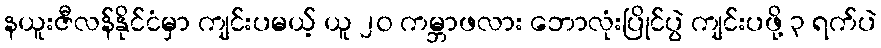
နယူးဇီလန်နိုင်ငံမှာ ကျင်းပမယ့် ယူ ၂၀ ကမ္ဘာဖလား ဘောလုံးပြိုင်ပွဲ ကျင်းပဖို့ ၃ ရက်ပဲ